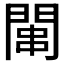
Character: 𫔢